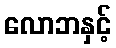
လောဘနှင့်